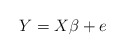
\begin{align*}Y=X\beta + e\end{align*}